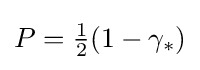
P={\tfrac {1}{2}}(1-\gamma _{*})